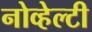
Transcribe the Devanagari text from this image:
नोव्हेल्टी